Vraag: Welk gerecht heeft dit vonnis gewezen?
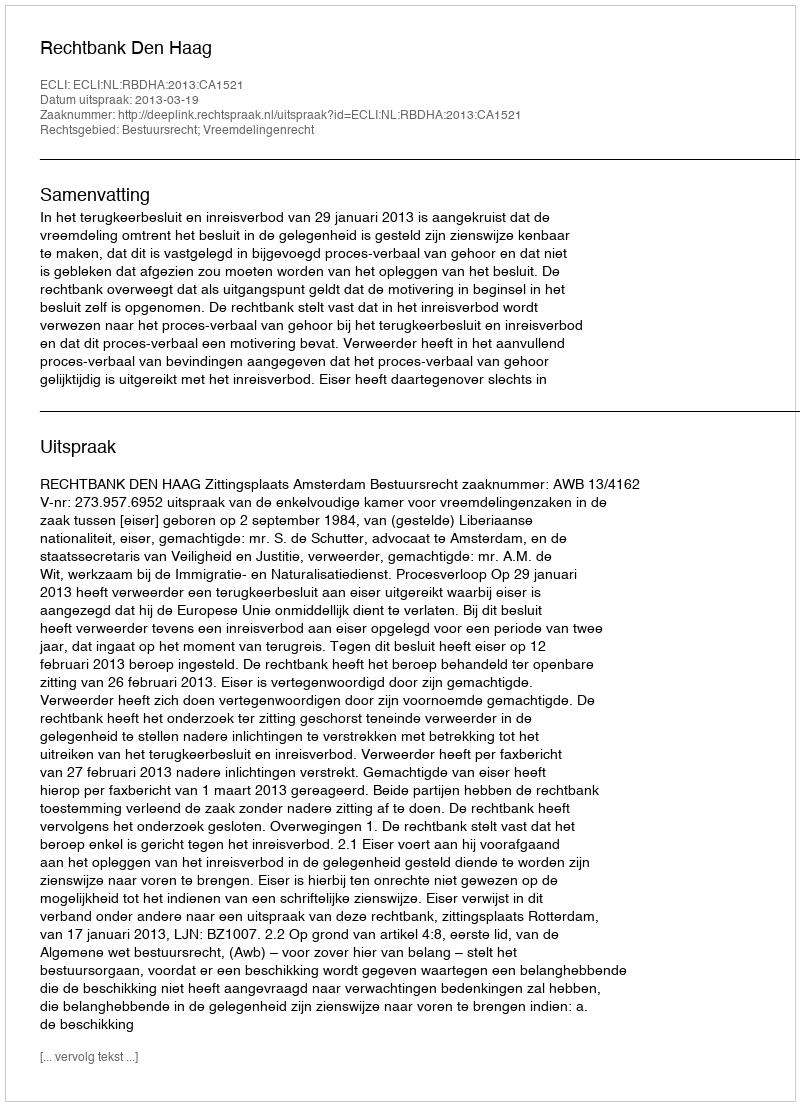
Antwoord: Rechtbank Den Haag